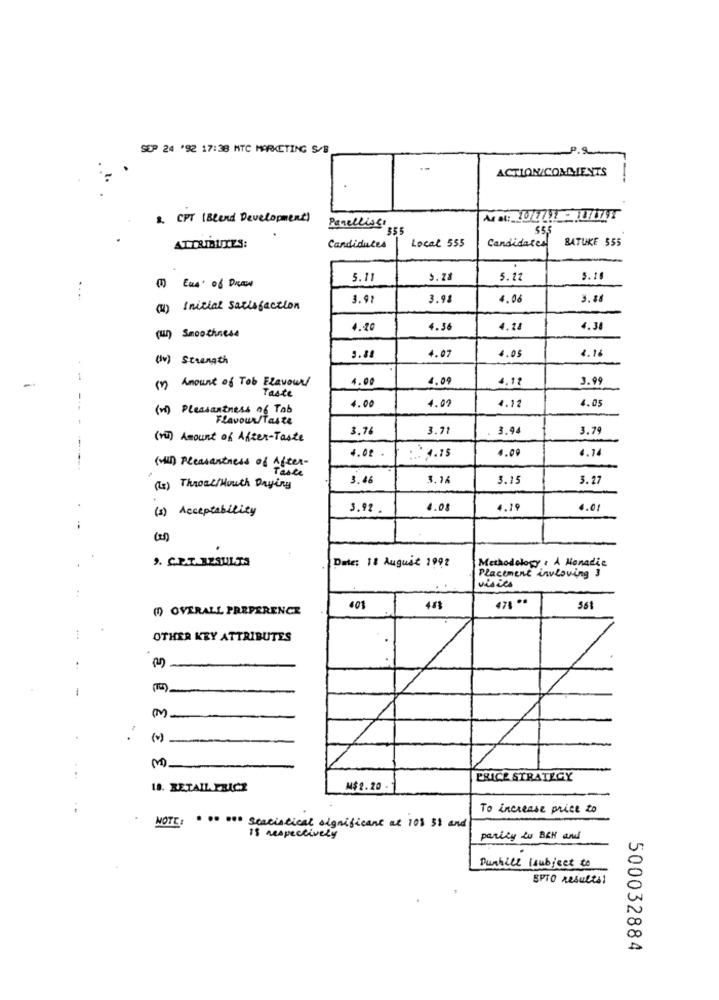
SOP 24 '92 17:38 MTC MARKETING S/B
ACTION/COMMENTS
-
8. CPT (Blend Development)
Paneeliss' 355
55
Local 555
BATUKE 555
ATTRIBUTES:
Candidates
Candidates
(11 Eus of Draw
5.11
5.28
5.12
5. 10
3.9
3.98
4.06
(1) Initial satisfaction
4.20
4.36
4.28
4.30
(u) Smoothies4
4.05
4.16
(Iv) Strength
5.8
4.07
-
(1) Amount of Tob Flavour
4.00
4.09
4.12
3.99
Taste
4.09
4.05
(vi) Pleasantness of Tab
4.00
4.12
Flavour/Taste
3.7
3.71
3.94
3.79
(vi) Amount of After-Taste
4.02
4.00
4.14
:: 4.15
(H) Pleasantness of After-
Table
3.46
3.16
3.15
3.27
(3) Throat/Houth Drying
(1) Acceptability
3.92.
4.08
4.19
4.01
9. CET. RESULTS
Date: 18 August 1992
Methodology : A Monadic
Placement invloving 3
visits
478 **
(9) OVERALL PREFERENCE
401
561
OTHER KRY ATTRIBUTES
..
-
( V)
M
PRICE STRATEGY
18. RETAIL PRICE
M$2.20
To increase price to
NOTE: · ·· DO statistical significant at 108 31 and
is respectively
parity to BRH and
Dunhill lsubject to
SPTO results:
500032884